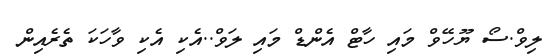
ލިވް.ސޯ ޔޫހޭވް މައި ހާޓް އެންޑް މައި ލަވް..އެކި އެކި ވާހަކަ ތެރެއިން